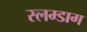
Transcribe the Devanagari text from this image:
स्लम्डाग